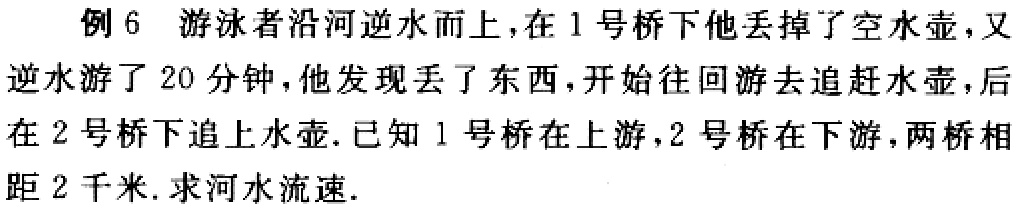
例 6 游泳者沿河逆水而上，在 1 号桥下他丢掉了空水壶，又逆水游了 20 分钟，他发现丢了东西，开始往回游去追赶水壶，后在 2 号桥下追上水壶. 已知 1 号桥在上游，2 号桥在下游，两桥相距 2 千米. 求河水流速.